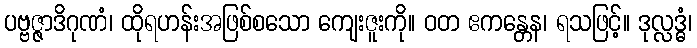
ပဗ္ဗဇ္ဇာဒိဂုဏံ၊ ထိုရဟန်းအဖြစ်စသော ကျေးဇူးကို။ ဝတ ဧကန္တေန၊ ရသဖြင့်။ ဒုလ္လဒ္ဓံ၊